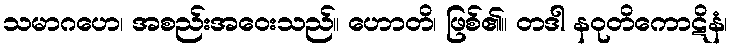
သမာဂဟေ၊ အစည်းအဝေးသည်။ ဟောတိ၊ ဖြစ်၏။ တဒါ နဝုတိကောဋိနံ၊